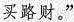
买路财。